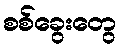
စစ်ခွေးတွေ